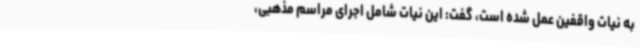
به نیات واقفین عمل شده است، گفت: این نیات شامل اجرای مراسم مذهبی،